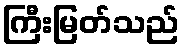
ကြီးမြတ်သည်